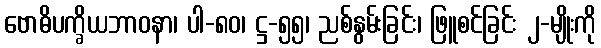
ဗောဓိပက္ခိယဘာဝနာ၊ ပါ-၈၀၊ ဋ္ဌ-၅၅၊ ညစ်နွမ်းခြင်း၊ ဖြူစင်ခြင်း ၂-မျိုးကို